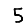
Digit: 5